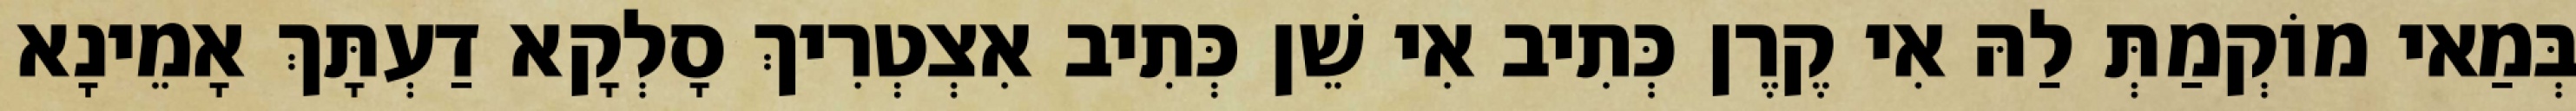
בְּמַאי מוֹקְמַתְּ לַהּ אִי קֶרֶן כְּתִיב אִי שֵׁן כְּתִיב אִצְטְרִיךְ סָלְקָא דַעְתָּךְ אָמֵינָא